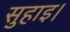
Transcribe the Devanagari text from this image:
सुहाइ।